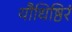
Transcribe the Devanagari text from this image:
यौधिष्ठिरं